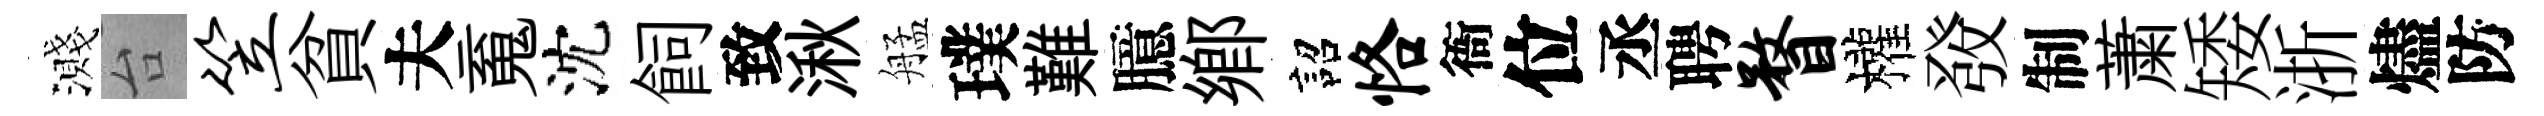
濺台笠貧夫䰟沈飼致湫艋璞難臆郷詔恪衙位丞聘瞀權𤼲制䔥矮浙燼防